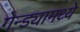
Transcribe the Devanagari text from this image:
गेन्ड्यामध्ये